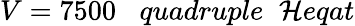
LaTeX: V=7500\; \; \; quadruple\; \; \mathcal{H}eqat